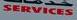
servics